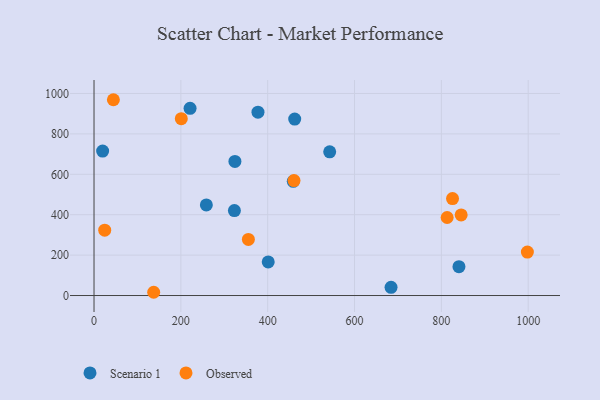
{"axis": {"x": "Investment", "y": "Sales"}, "legend": ["Observed", "Scenario 1"], "data": [{"x": "458.9", "y": 565.3, "type": "Scenario 1"}, {"x": "221.2", "y": 926.6, "type": "Scenario 1"}, {"x": "377.6", "y": 907.7, "type": "Scenario 1"}, {"x": "401.2", "y": 166.2, "type": "Scenario 1"}, {"x": "324.5", "y": 663.7, "type": "Scenario 1"}, {"x": "258.7", "y": 448.6, "type": "Scenario 1"}, {"x": "323.3", "y": 420.3, "type": "Scenario 1"}, {"x": "19.8", "y": 715.0, "type": "Scenario 1"}, {"x": "462.2", "y": 873.3, "type": "Scenario 1"}, {"x": "684.1", "y": 40.8, "type": "Scenario 1"}, {"x": "542.8", "y": 711.2, "type": "Scenario 1"}, {"x": "840.5", "y": 142.9, "type": "Scenario 1"}, {"x": "201.0", "y": 875.1, "type": "Observed"}, {"x": "813.3", "y": 386.3, "type": "Observed"}, {"x": "137.4", "y": 16.1, "type": "Observed"}, {"x": "44.6", "y": 969.1, "type": "Observed"}, {"x": "845.6", "y": 398.8, "type": "Observed"}, {"x": "460.6", "y": 569.1, "type": "Observed"}, {"x": "825.7", "y": 480.1, "type": "Observed"}, {"x": "355.5", "y": 277.9, "type": "Observed"}, {"x": "24.6", "y": 323.3, "type": "Observed"}, {"x": "998.1", "y": 215.0, "type": "Observed"}]}